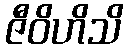
ဇီဝိဟိသိ